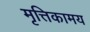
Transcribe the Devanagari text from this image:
मृत्तिकामय